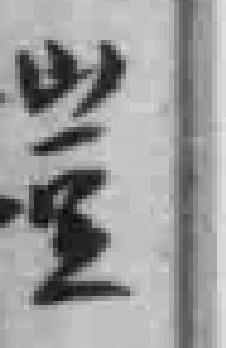
豈